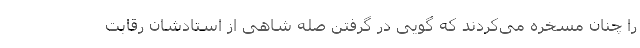
را چنان مسخره می‌کردند که گویی در گرفتن صله شاهی از استادشان رقابت